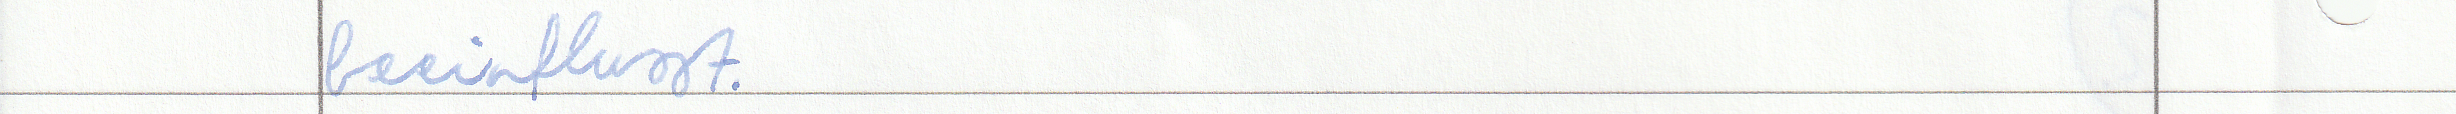
beeinflusst.